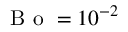
\mathrm { ~ B ~ o ~ } = 1 0 ^ { - 2 }